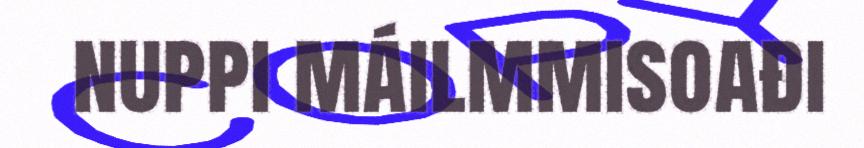
nuppi máilmmisoađi